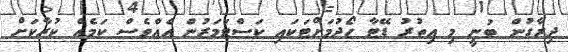
ދިރާގުން ބުނީ މި އިތުރު ޑޭޓާ ހޯދުމަށްޓަކައި ކަސްޓަމަރުން އެއްވެސް ކަމެއް ކުރާކަށް